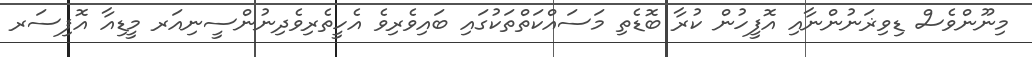
މިނޫންވެސް ޑިވިޜަނުންނާއި އޮފީހުން ކުރާ ބޮޑެތި މަސައްކަތްތަކުގައި ބައިވެރިވެ އެހީތެރިވެދިނުންސީނިއަރ މީޑިއާ އޮފިސަރ